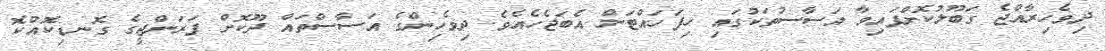
ދިވެހިރާއްޖެ ގަބޫލުކޮށްފައިވާ އަސާސުތަކުގައި ހިފަހައްޓަން އެބަޖެހެއެވެ. ދިވެހިންގެ އަސާސްތައް ދޫކޮށް ފަރަންޖީގެ ގޮނޑިކޮއްކޮ